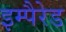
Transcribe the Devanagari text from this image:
इम्पैरेड